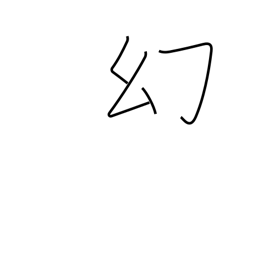
Meaning: apparition